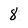
Character: 8